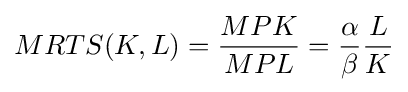
MRTS(K,L)={\dfrac {MPK}{MPL}}={\dfrac {\alpha }{\beta }}{\dfrac {L}{K}}